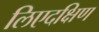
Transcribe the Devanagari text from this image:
लिएदक्षिण